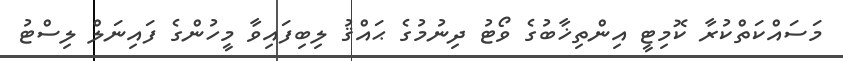
މަސައްކަތްކުރާ ކޮމިޓީ އިންތިޚާބުގެ ވޯޓު ދިނުމުގެ ޙައްޤު ލިބިފައިވާ މީހުންގެ ފައިނަލް ލިސްޓު